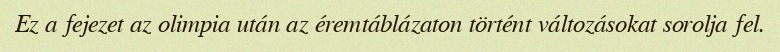
Ez a fejezet az olimpia után az éremtáblázaton történt változásokat sorolja fel.